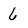
Character: 6